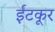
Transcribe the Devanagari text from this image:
ईटकूर